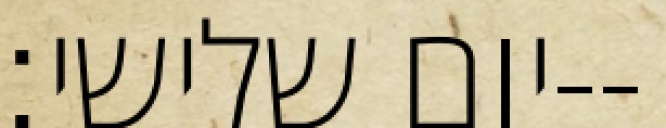
יום שלישי׃--